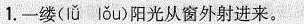
1.一缕(lǚ lǒu)阳光从窗外射进来。